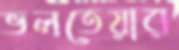
ভলতেয়ার